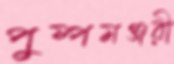
পুষ্পমঞ্জরী